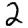
Digit: 2